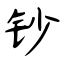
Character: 钞